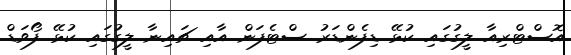
އޮސްޓްރިއާ ލީގުގައި ކުޅޭ ޑިފެންޑަރު ސްޓެފަން އާއި ޗައިނާ ލީގުގައި ކުޅޭ ފޯވަޑް